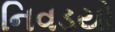
નિવડયો